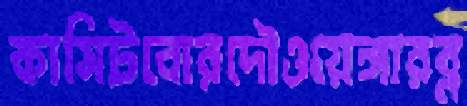
কাসিটবোরদৌওয়েঙ্গারব্ল